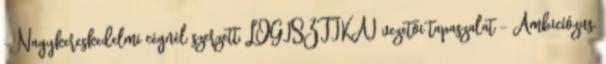
- Nagykereskedelmi cégnél szerzett, LOGISZTIKAI vezetői tapaszalat - Ambicíózus,